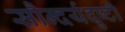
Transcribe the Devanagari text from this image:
सौन्दर्यदृष्टी